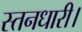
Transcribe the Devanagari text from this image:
स्तनधारी।